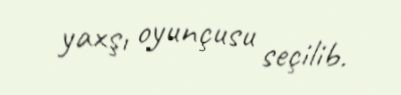
yaxşı oyunçusu seçilib.